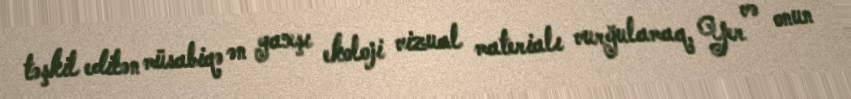
təşkil edilən müsabiqə ən yaxşı ekoloji vizual materialı vurğulamaq, Yer və onun